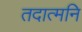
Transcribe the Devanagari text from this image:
तदात्मनि